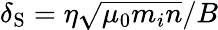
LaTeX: \delta_{\mathrm{S}}={\eta\sqrt{\mu_{0}m_{i}n}}/{B}